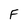
Character: F